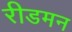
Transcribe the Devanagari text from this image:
रीडमन